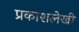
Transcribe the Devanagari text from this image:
प्रकाशलेखी